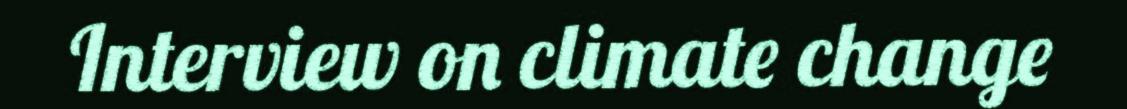
Interview on climate change